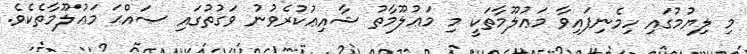
މި ލިޔުމުގައި ހިމެނިފައިވާ މަޢުލޫމާތަކީ މި މަޢުލޫމާތު ޝާއިޢުކުރެވުނު ވަގުތުގައި ޞައްޙަ މަޢުލޫމާތެކެވެ.